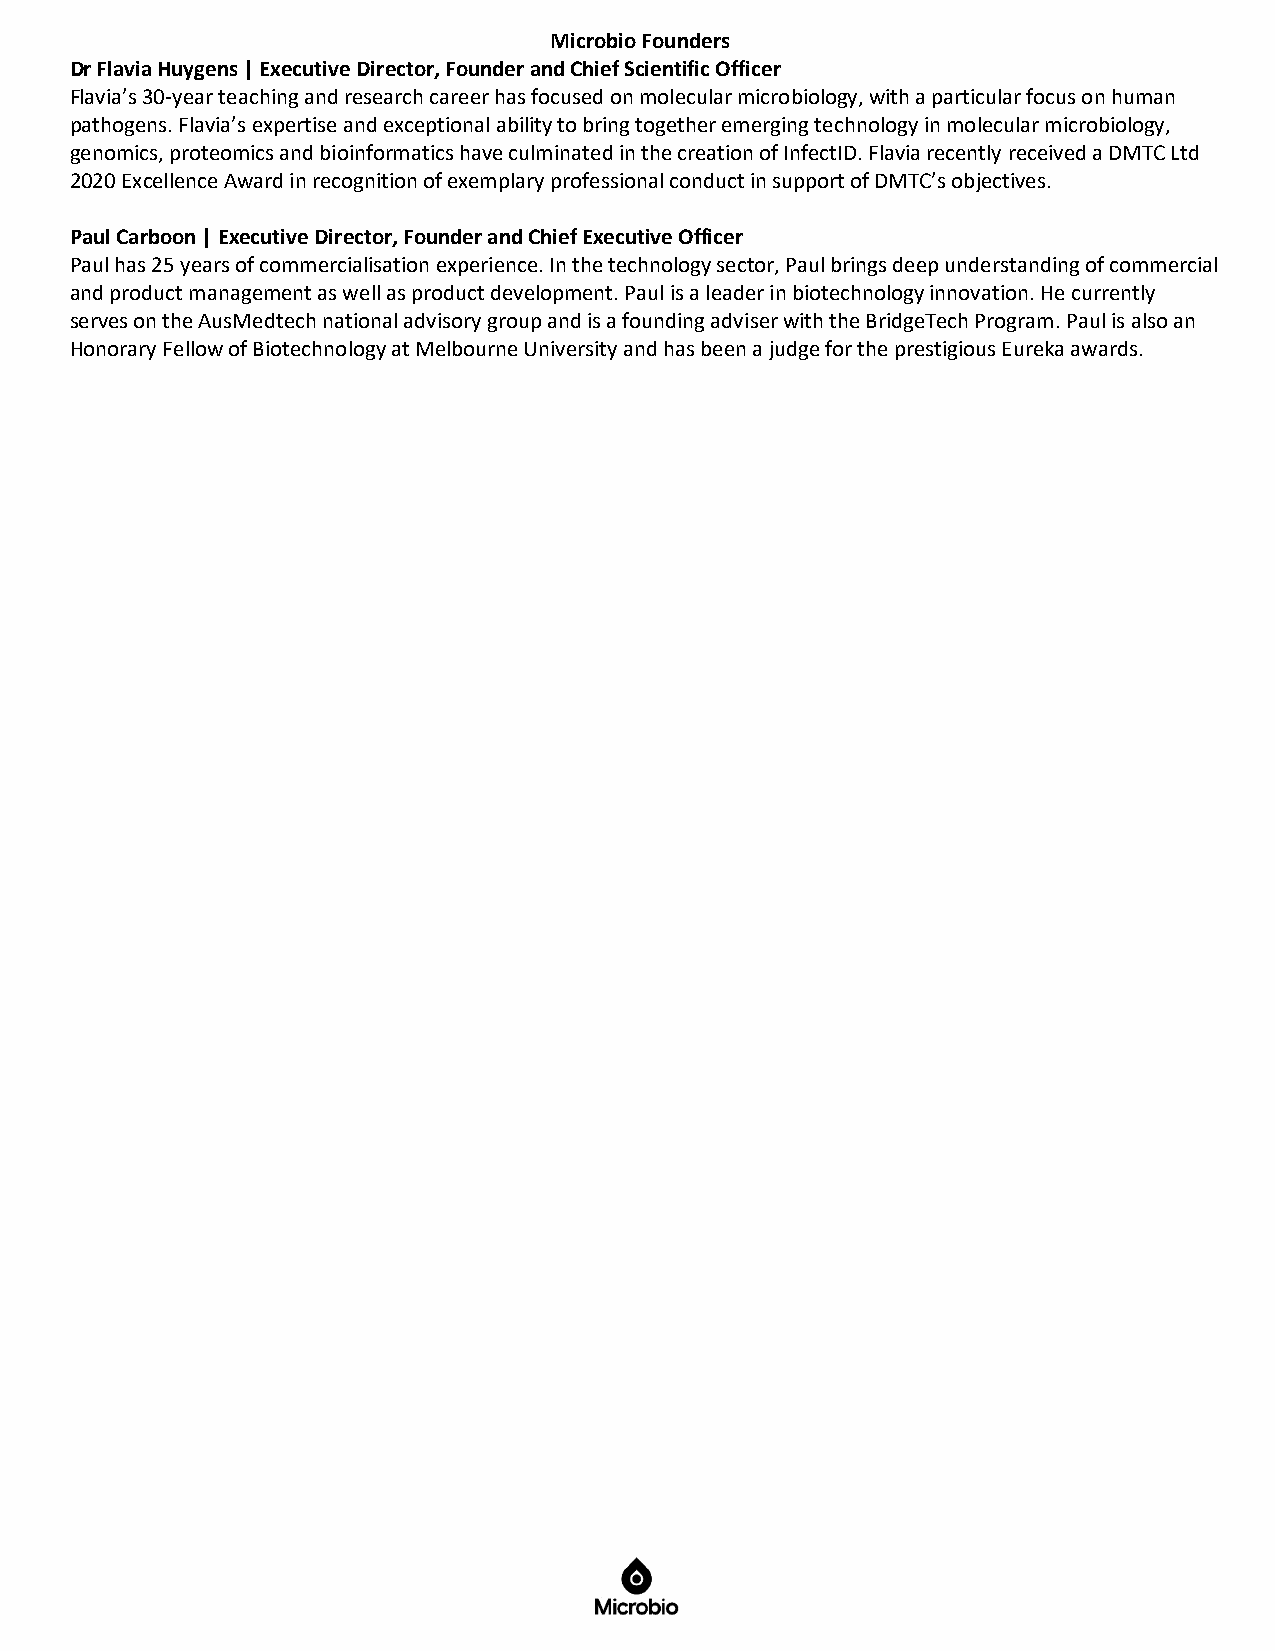
Microbio Founders
 Dr Flavia Huygens | Executive Director, Founder and Chief Scientific Officer
 Flavia’s 30-year teaching and research career has focused on molecular microbiology, with a particular focus on human
 pathogens. Flavia’s expertise and exceptional ability to bring together emerging technology in molecular microbiology,
 genomics, proteomics and bioinformatics have culminated in the creation of InfectID. Flavia recently received a DMTC Ltd
 2020 Excellence Award in recognition of exemplary professional conduct in support of DMTC’s objectives.
 Paul Carboon | Executive Director, Founder and Chief Executive Officer
 Paul has 25 years of commercialisation experience. In the technology sector, Paul brings deep understanding of commercial
 and product management as well as product development. Paul is a leader in biotechnology innovation. He currently
 serves on the AusMedtech national advisory group and is a founding adviser with the BridgeTech Program. Paul is also an
 Honorary Fellow of Biotechnology at Melbourne University and has been a judge for the prestigious Eureka awards.